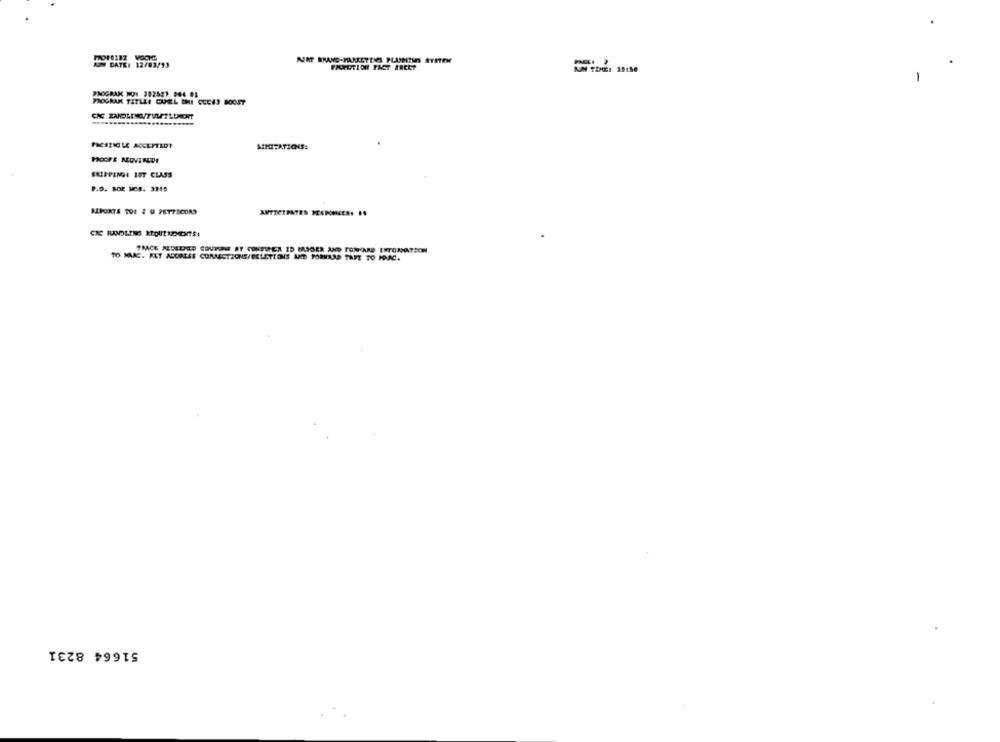
AON DATE: 12/03/13
PAOGRAK NOT 392521 904 01
PROGRAK TITLEI CAMEEL CHI CECAS BOOST
PRESTICLE ACCLITEDY
HOOFE ROVINEDE
ERIFPENGE 1ST CLASS
P.O. SOR MCR. 3215
SPORTS TOI : @ PET7SCOR3
CIE RANDLENS ROUND-ENTS:
TRACK REDEEMED COUPONE BY CONTUREN ID MASGER AND TONYARD ENTORNATION
TO MAAC. KET ADOREES CONNECTIONS/DELETIONS AND FORVARD TAPE TO ROMAC.
51664 8231